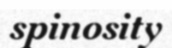
spinosity